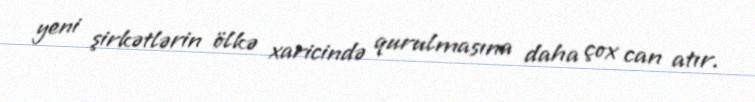
yeni şirkətlərin ölkə xaricində qurulmasına daha çox can atır.